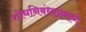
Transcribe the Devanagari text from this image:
शोधनिबंधाप्रमाणे